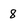
Character: 8